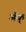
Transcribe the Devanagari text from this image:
जॅक्